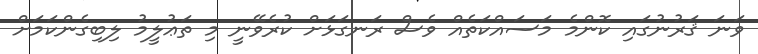
ވަނަ ޤަރުނުގައި ކޮންމެ މަސައްކަތެއް ވެސް ރަނގަޅަށް ކުރެވޭނީ މި ތަޢުލީމު ލިބިގެންކަމަށް